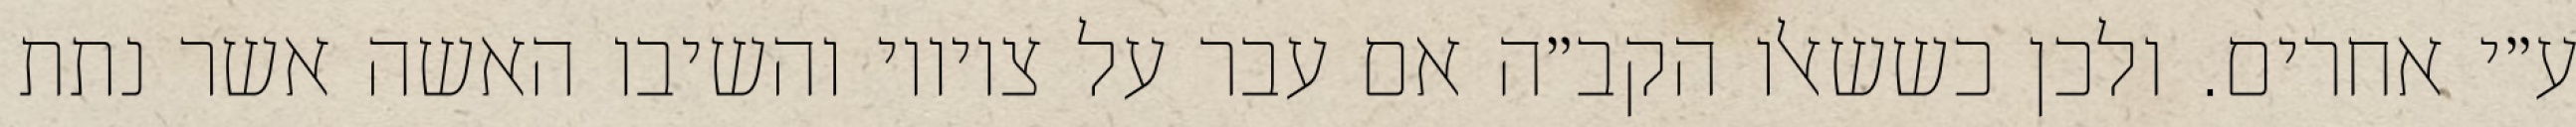
ע״י אחרים. ולכן כששאלו הקב״ה אם עבר על ציוויו והשיבו האשה אשר נתת